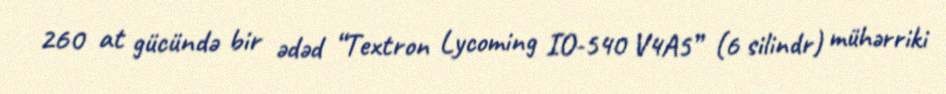
260 at gücündə bir ədəd “Textron Lycoming IO-540 V4A5” (6 silindr) mühərriki